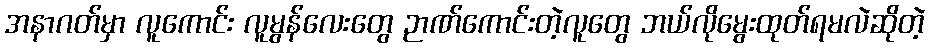
အနာဂတ်မှာ လူကောင်း လူမွန်လေးတွေ ဉာဏ်ကောင်းတဲ့လူတွေ ဘယ်လိုမွေးထုတ်ရမလဲဆိုတဲ့